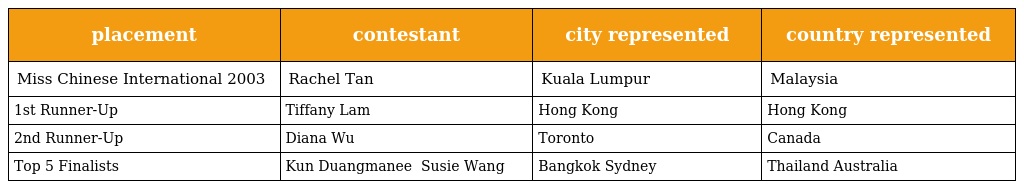
| placement | contestant | city represented | country represented |
 | --- | --- | --- | --- |
 | Miss Chinese International 2003 | Rachel Tan 陳泳錦 | Kuala Lumpur | Malaysia |
 | 1st Runner-Up | Tiffany Lam 林敏俐 | Hong Kong | Hong Kong |
 | 2nd Runner-Up | Diana Wu 吳丹 | Toronto | Canada |
 | Top 5 Finalists | Kun Duangmanee 陳美鳳 Susie Wang 汪鑫 | Bangkok Sydney | Thailand Australia |